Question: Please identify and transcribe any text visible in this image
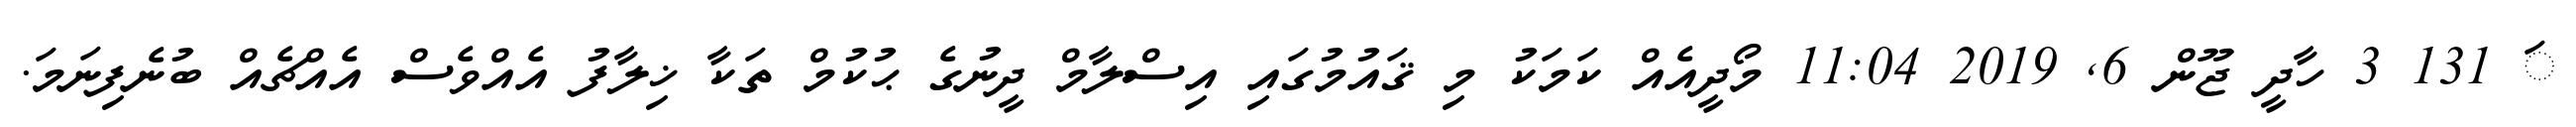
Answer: ަ 131 3 ހާދީ ޖޫން 6, 2019 11:04 މޯދީއެއް ކަމަކު މި ޤައުމުގައި އިސްލާމް ދީނުގެ ޙުކުމް ތަކާ ޚިލާފު އެއްވެސް އެއްޗެއް ބުނެފިނަމަ.